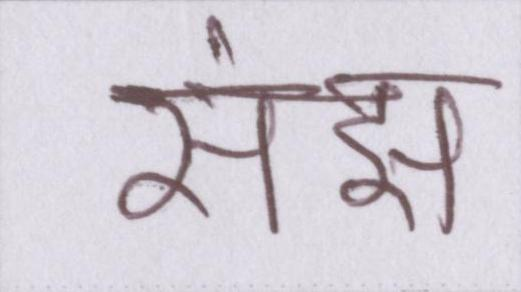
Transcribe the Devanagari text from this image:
संझ